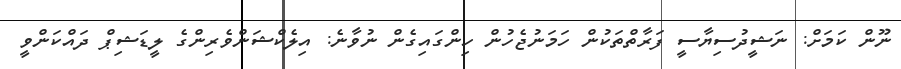
ނޫން ކަމަށް: ނަޝީދުސިޔާސީ ފަރާތްތަކުން ހަމަނުޖެހުން ހިންގައިގެން ނުވާނެ: އިލެކްޝަންވެރިންގެ ލީޑަޝިޕް ދައްކަންވީ